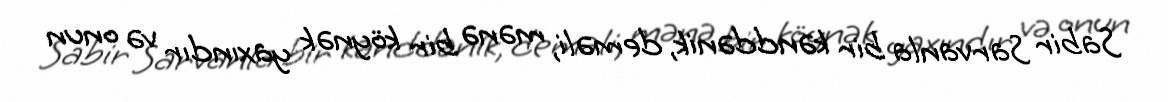
Sabir Sarvanla bir kənddənik, deməli, mənə bir köynək yaxındır və onun